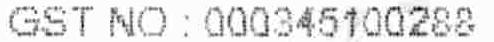
GST NO : 000345100288